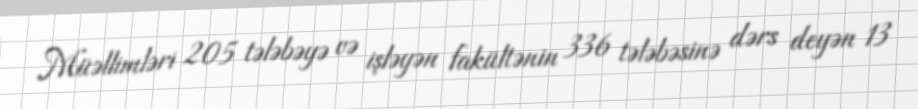
Müəllimləri 205 tələbəyə və işləyən fakültənin 336 tələbəsinə dərs deyən 13